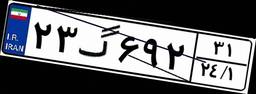
۲۳گ۶۹۲۳۱